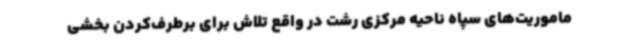
ماموریت‌های سپاه ناحیه مرکزی رشت در واقع تلاش برای برطرف‌کردن بخشی